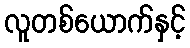
လူတစ်ယောက်နှင့်